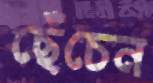
ছেঁচেন